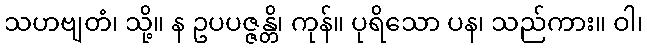
သဟဗျတံ၊ သို့။ န ဥပပဇ္ဇန္တိ၊ ကုန်။ ပုရိသော ပန၊ သည်ကား။ ဝါ၊